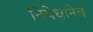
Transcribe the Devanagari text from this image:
निषेधानेच